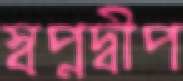
স্বপ্নদ্বীপ